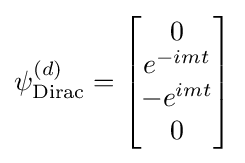
\psi _{\text{Dirac}}^{(d)}={\begin{bmatrix}0\\e^{-imt}\\-e^{imt}\\0\end{bmatrix}}